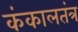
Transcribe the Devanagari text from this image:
कंकालतंत्र